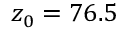
z _ { 0 } = 7 6 . 5